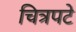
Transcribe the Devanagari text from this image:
चित्रपटे